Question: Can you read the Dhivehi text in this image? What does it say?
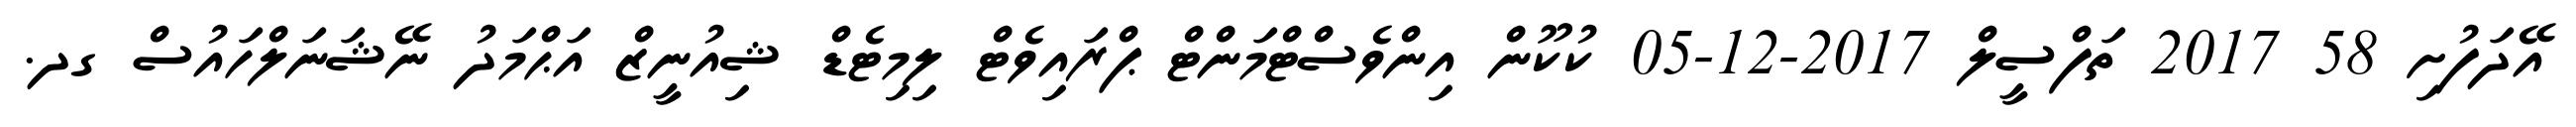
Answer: އޭދަފުށި 58 2017 ތަފްސީލް 2017-12-05 ކުކޫން އިންވެސްޓްމަންޓް ޕްރައިވެޓް ލިމިޓެޑް ޝިއުނީޒް އަޙްމަދު ނޭޝަނަލްހައުސް ގދ.